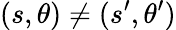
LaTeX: (s,\theta)\neq(s^{\prime},\theta^{\prime})